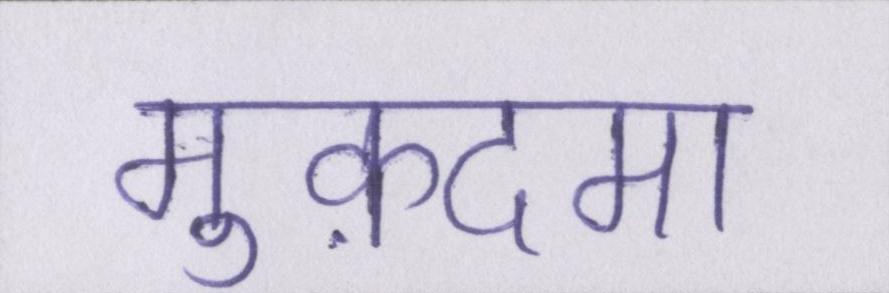
मुक़दमा